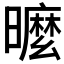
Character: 𣋟